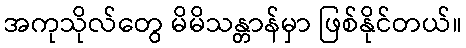
အကုသိုလ်တွေ မိမိသန္တာန်မှာ ဖြစ်နိုင်တယ်။